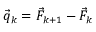
\vec { q } _ { k } = \vec { F } _ { k + 1 } - \vec { F } _ { k }